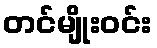
တင်မျိုးဝင်း